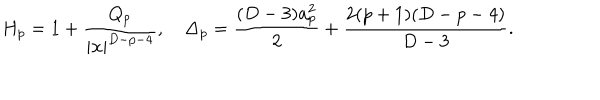
LaTeX: H _ { p } = 1 + { \frac { Q _ { p } } { | { \bf x } | ^ { D - p - 4 } } } , \Delta _ { p } = { \frac { ( D - 3 ) a _ { p } ^ { 2 } } { 2 } } + { \frac { 2 ( p + 1 ) ( D - p - 4 ) } { D - 3 } } .